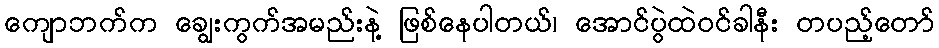
ကျောဘက်က ချွေးကွက်အမည်းနဲ့ ဖြစ်နေပါတယ်၊ အောင်ပွဲထဲဝင်ခါနီး တပည့်တော်